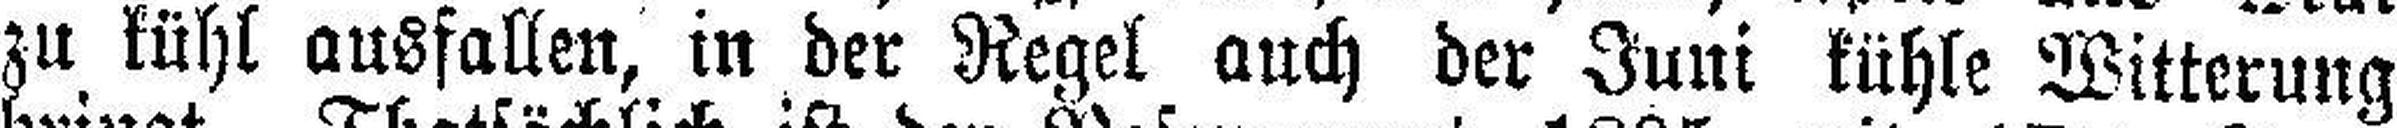
zu kühl ausfallen, in der Regel auch der Juni kühle Witterung